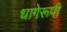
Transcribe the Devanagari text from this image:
धागेरूपी